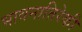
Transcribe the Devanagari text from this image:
भावनातिरेकी